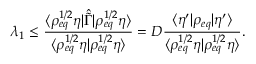
\lambda _ { 1 } \le \frac { \langle \rho _ { e q } ^ { 1 / 2 } \eta \rvert \hat { \tilde { \Gamma } } \lvert \rho _ { e q } ^ { 1 / 2 } \eta \rangle } { \langle \rho _ { e q } ^ { 1 / 2 } \eta \rvert \rho _ { e q } ^ { 1 / 2 } \eta \rangle } = D \frac { \langle \eta ^ { \prime } \rvert \rho _ { e q } \lvert \eta ^ { \prime } \rangle } { \langle \rho _ { e q } ^ { 1 / 2 } \eta \rvert \rho _ { e q } ^ { 1 / 2 } \eta \rangle } .